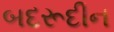
બદરૂદીન